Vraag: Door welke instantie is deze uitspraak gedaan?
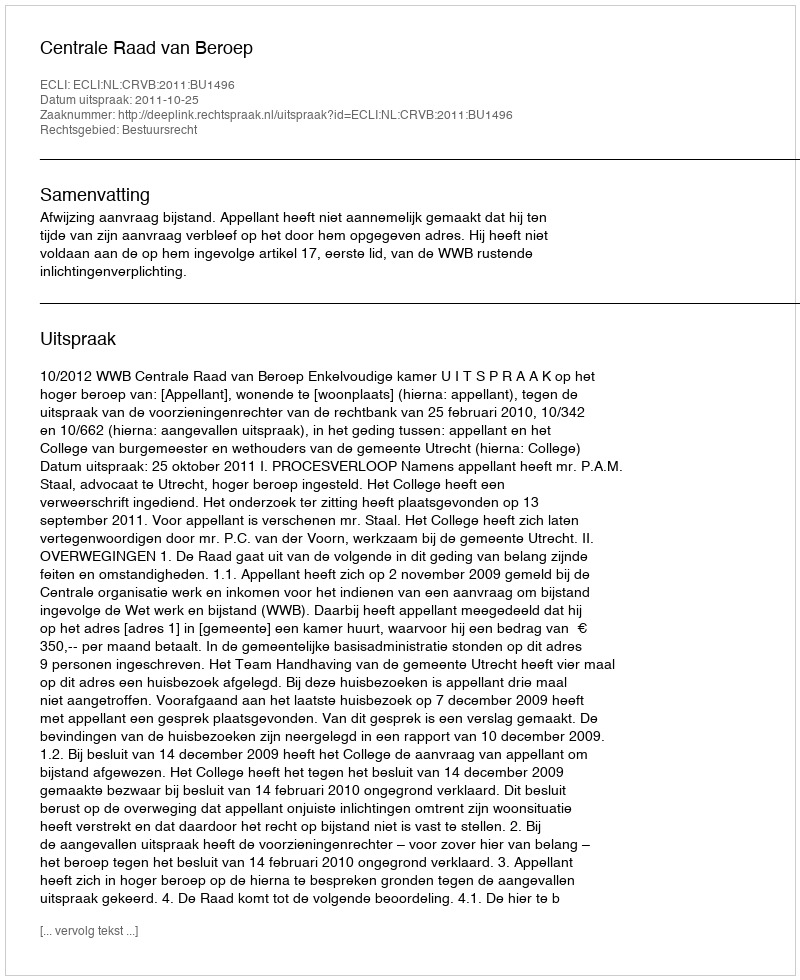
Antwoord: Centrale Raad van Beroep